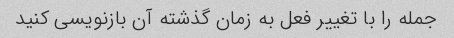
جمله را با تغییر فعل به زمان گذشته آن بازنویسی کنید